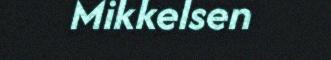
Mikkelsen